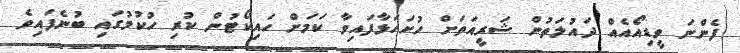
ފެންނަ ވީޑިއޯއެއް ދައުލަތުން ޝަރީއަތަށް ހުށަހަޅާފައިވާ ކަމަަށް ހައިކޯޓުން ކުރި ހުކުމުގައި ބުނެފައިވެ